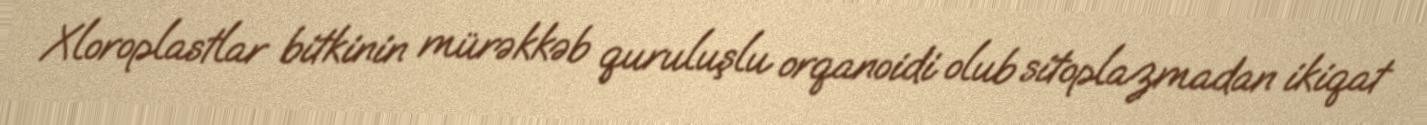
Xloroplastlar bitkinin mürəkkəb quruluşlu orqanoidi olub sitoplazmadan ikiqat